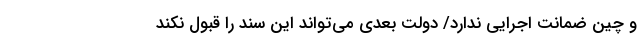
و چین ضمانت اجرایی ندارد/ دولت بعدی می‌تواند این سند را قبول نکند